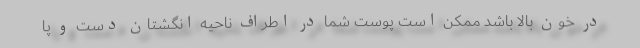
در خون بالا باشد ممکن است پوست شما در اطراف ناحیه انگشتان دست و پا